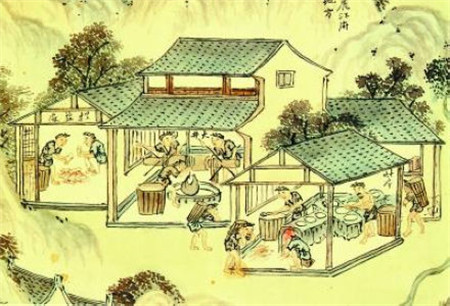
贵上极则反贱，贱下极则反贵，贵出如粪土，贱取如珠玉，财币欲其行如流水。